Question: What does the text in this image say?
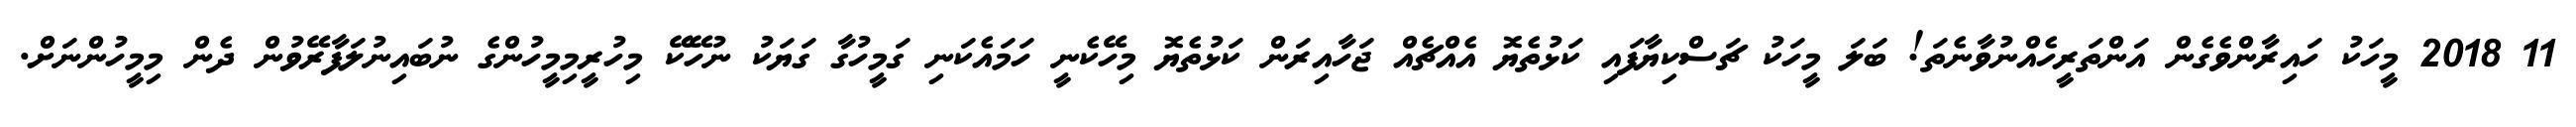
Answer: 11 2018 މީހަކު ހައިރާންވެގެން އަންތަރީހެއްނުވާނެތަ! ބަލަ މީހަކު ޗަސްކިޔާފައި ކަޅުތެޔޮ އެއްޗެއް ޖަހާއިރަން ކަޅުތެޔޮ މިހޭކެނީ ހަމައެކަނި ގަމީހުގާ ގަޔަކު ނުހޭކޭ މިހުރީމިމީހުންގެ ނުބައިނުލަފާރޭވުން ދެން މިމީހުންނަށް.